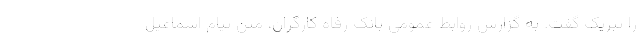
را تبریک گفت. به گزارش روابط عمومی بانک رفاه کارگران، متن پیام اسماعیل